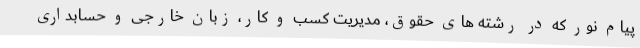
پیام نور که در رشته های حقوق، مدیریت کسب و کار، زبان خارجی و حسابداری